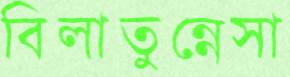
বিলাতুন্নেসা